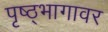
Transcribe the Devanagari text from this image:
पृष्ठ्भागावर